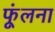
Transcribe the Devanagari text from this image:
फूंलना